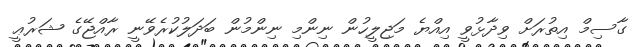
ގާސިމް އިތުރަށް ވިދާޅުވީ އިއްޔެ މަޖިލީހުން ނިންމި ނިންމުން ބަދަލުކުރެވޭނީ ރާއްޖޭގެ ޝަރުޢީ